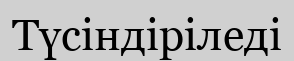
Түсіндіріледі